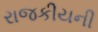
રાજકીયની